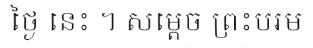
ថ្ងៃ នេះ ។ សម្តេច ព្រះបរម